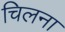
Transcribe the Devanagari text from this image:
चिलना